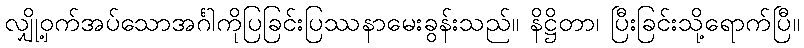
လျှို့ဝှက်အပ်သောအင်္ဂါကိုပြခြင်းပြဿနာမေးခွန်းသည်။ နိဋ္ဌိတာ၊ ပြီးခြင်းသို့ရောက်ပြီ။